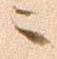
ニ